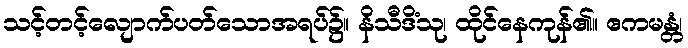
သင့်တင့်လျောက်ပတ်သောအရပ်၌။ နိသီဒိံသု၊ ထိုင်နေကုန်၏။ ဧကမန္တံ၊